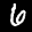
Label: 6